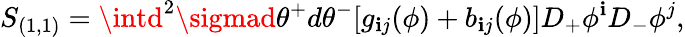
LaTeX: S_{(1,1)}=\intd^{2}\sigmad\theta^{+}d\theta^{-}[g_{\mathbf{i}j}(\phi)+b_{\mathbf{i}j}(\phi)]D_{+}\phi^{\mathbf{i}}D_{-}\phi^{j},